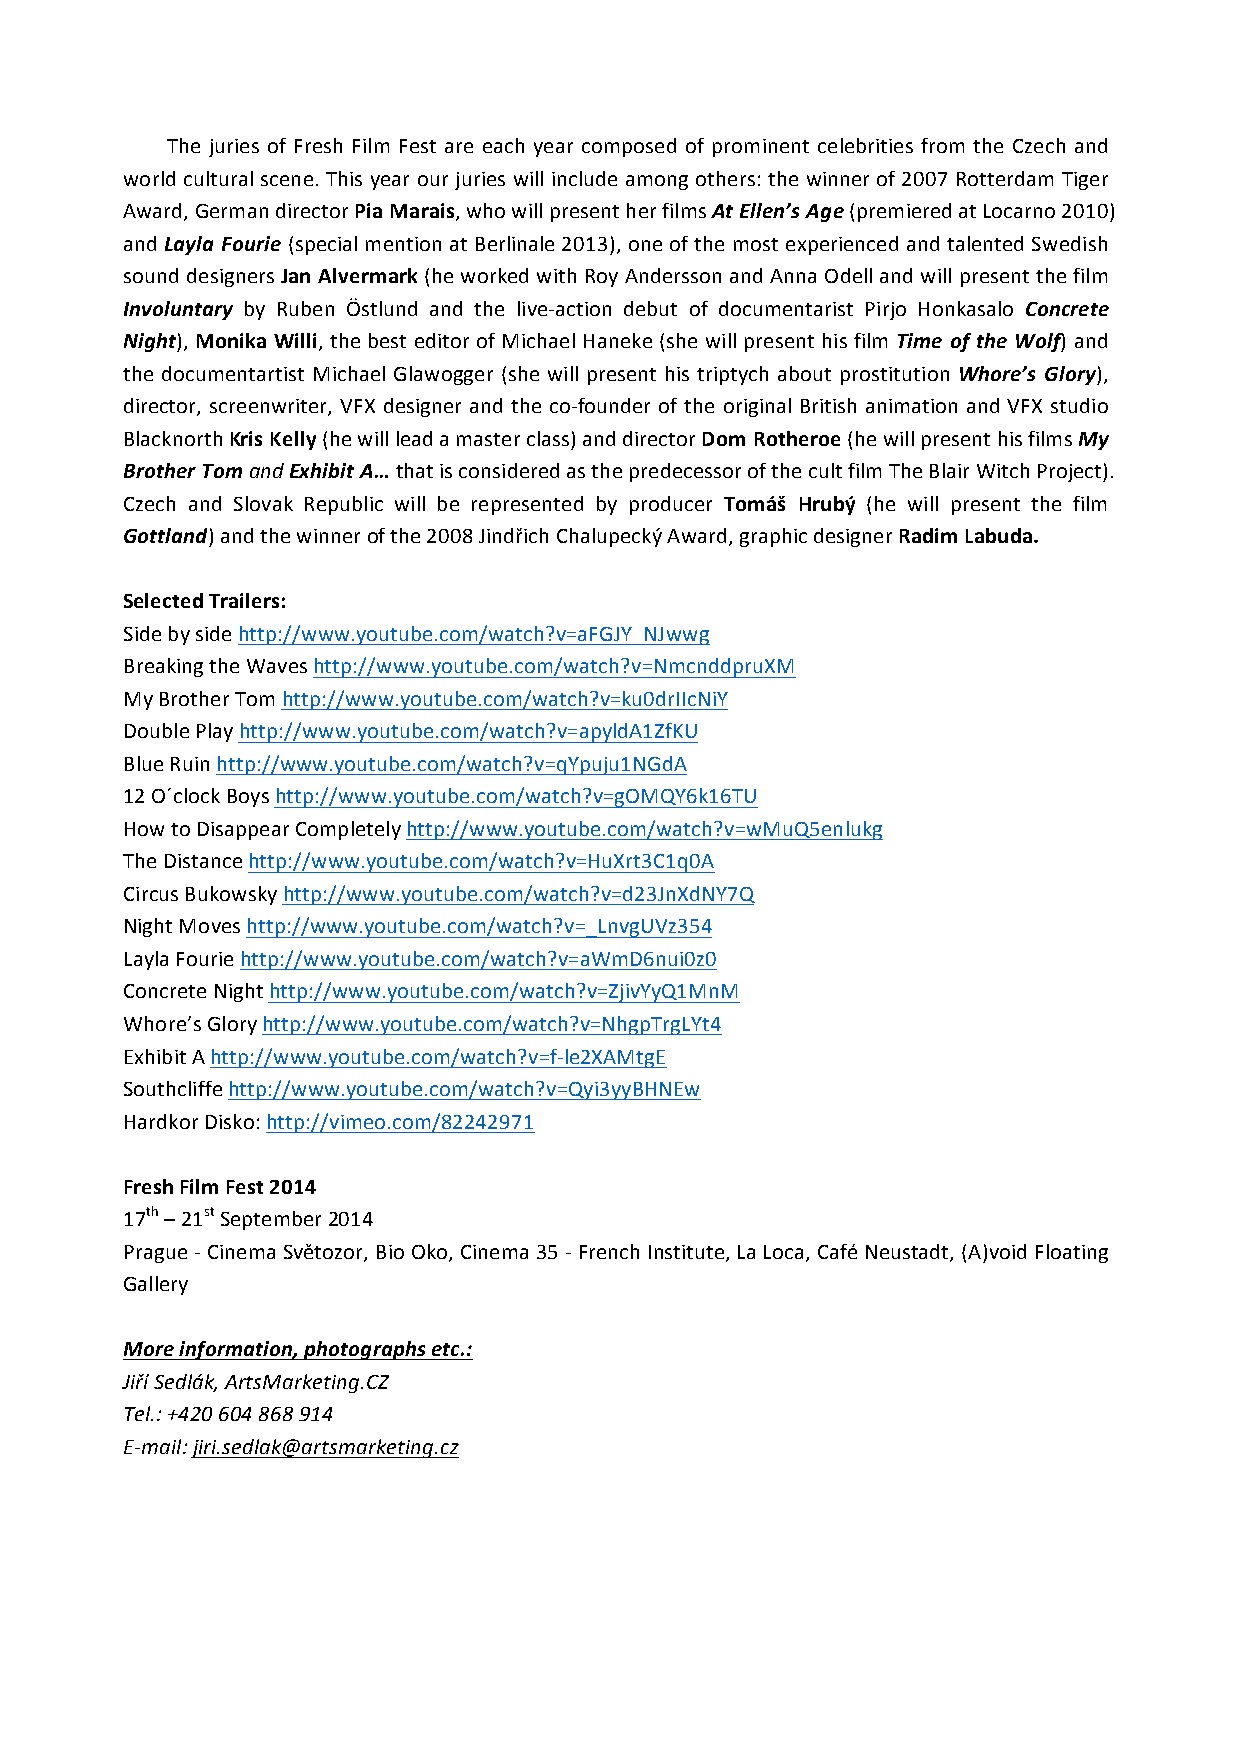
The juries of Fresh Film Fest are each year composed of prominent celebrities from the Czech and
 world cultural scene. This year our juries will include among others: the winner of 2007 Rotterdam Tiger
 Award, German director Pia Marais, who will present her films At Ellen’s Age (premiered at Locarno 2010)
 and Layla Fourie (special mention at Berlinale 2013), one of the most experienced and talented Swedish
 sound designers Jan Alvermark (he worked with Roy Andersson and Anna Odell and will present the film
 Involuntary by Ruben Östlund and the live-­‐action debut of documentarist Pirjo Honkasalo Concrete
 Night), Monika Willi, the best editor of Michael Haneke (she will present his film Time of the Wolf) and
 the documentartist Michael Glawogger (she will present his triptych about prostitution Whore’s Glory),
 director, screenwriter, VFX designer and the co-­‐founder of the original British animation and VFX studio
 Blacknorth Kris Kelly (he will lead a master class) and director Dom Rotheroe (he will present his films My
 Brother Tom and Exhibit A… that is considered as the predecessor of the cult film The Blair Witch Project).
 Czech and Slovak Republic will be represented by producer Tomáš Hrubý (he will present the film
 Gottland) and the winner of the 2008 Jindřich Chalupecký Award, graphic designer Radim Labuda.
 Selected Trailers:
 Side by side http://www.youtube.com/watch?v=aFGJY_NJwwg
 Breaking the Waves http://www.youtube.com/watch?v=NmcnddpruXM
 My Brother Tom http://www.youtube.com/watch?v=ku0drIIcNiY
 Double Play http://www.youtube.com/watch?v=apyldA1ZfKU
 Blue Ruin http://www.youtube.com/watch?v=qYpuju1NGdA
 12 O´clock Boys http://www.youtube.com/watch?v=gOMQY6k16TU
 How to Disappear Completely http://www.youtube.com/watch?v=wMuQ5enlukg
 The Distance http://www.youtube.com/watch?v=HuXrt3C1q0A
 Circus Bukowsky http://www.youtube.com/watch?v=d23JnXdNY7Q
 Night Moves http://www.youtube.com/watch?v=_LnvgUVz354
 Layla Fourie http://www.youtube.com/watch?v=aWmD6nui0z0
 Concrete Night http://www.youtube.com/watch?v=ZjivYyQ1MnM
 Whore’s Glory http://www.youtube.com/watch?v=NhgpTrgLYt4
 Exhibit A http://www.youtube.com/watch?v=f-­‐le2XAMtgE
 Southcliffe http://www.youtube.com/watch?v=Qyi3yyBHNEw
 Hardkor Disko: http://vimeo.com/82242971
 Fresh Film Fest 2014
 17th – 21st September 2014
 Prague -­‐ Cinema Světozor, Bio Oko, Cinema 35 -­‐ French Institute, La Loca, Café Neustadt, (A)void Floating
 Gallery
 More information, photographs etc.:
 Jiří Sedlák, ArtsMarketing.CZ
 Tel.: +420 604 868 914
 E-­‐mail: jiri.sedlak@artsmarketing.cz